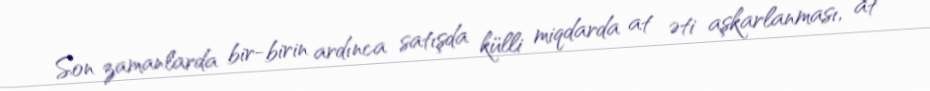
Son zamanlarda bir-birin ardınca satışda külli miqdarda at əti aşkarlanması, at